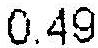
0.49